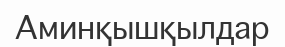
Аминқышқылдар